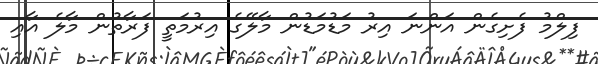
ފިލްމު ފެށިގެން އަންނަ އިރު މަޑުމަޑުން މާލޭގެ އިރުމަތީ ފަރާތުން މާލެ އާއި